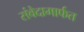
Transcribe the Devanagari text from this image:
संवेदामार्फत